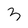
Character: 3